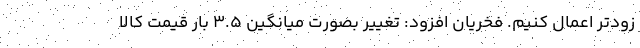
زودتر اعمال كنيم. فخريان افزود: تغيير بصورت میانگین 3.5 بار قيمت كالا